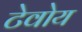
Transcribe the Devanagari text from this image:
टेवोय